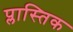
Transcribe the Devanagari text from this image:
प्लास्तिक